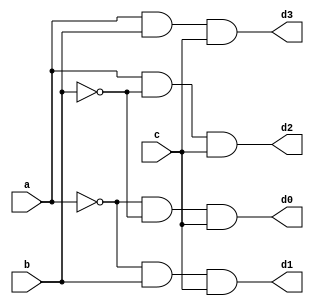
module twofour(a, b, c, d0, d1, d2, d3);
	input a, b, c;
	output d0, d1, d2, d3;
	
	wire an, bn;
	
	not m0(an, a);
	not m1(bn, b);
	
	and m2(d0, an, bn, c);
	and m3(d1, an, b, c);
	and m4(d2, a, bn, c);
	and m5(d3, a, b, c);
	
endmodule

module three_eight(a, b, c, d0, d1, d2, d3, d4, d5, d6, d7);
	input a, b, c;
	output d0, d1, d2, d3, d4, d5, d6, d7;
	
	wire an;
	not m0(an, a);
	
	twofour m1(b, c, an, d0, d1, d2, d3);
	twofour m2(b, c, a, d4, d5, d6, d7);
	
endmodule

module three_eight_test;
	reg a, b, c;
	wire d0, d1, d2, d3, d4, d5, d6, d7;
	
	three_eight m0(a, b, c, d0, d1, d2, d3, d4, d5, d6, d7);
	initial begin
		#50 a=0; b=0; c=0;
		#50 a=0; b=0; c=1;
		#50 a=0; b=1; c=0;
		#50 a=0; b=1; c=1;
		#50 a=1; b=0; c=0;
		#50 a=1; b=0; c=1;
		#50 a=1; b=1; c=0;
		#50 a=1; b=1; c=1;
		#400 $finish;
	end
endmodule